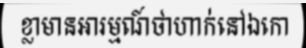
ខ្លាមានអារម្មណ៍ថាហាក់នៅឯកោ